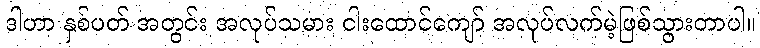
ဒါဟာ နှစ်ပတ် အတွင်း အလုပ်သမား ငါးထောင်ကျော် အလုပ်လက်မဲ့ဖြစ်သွားတာပါ။